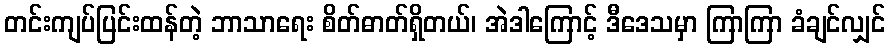
တင်းကျပ်ပြင်းထန်တဲ့ ဘာသာရေး စိတ်ဓာတ်ရှိတယ်၊ အဲဒါကြောင့် ဒီဒေသမှာ ကြာကြာ ခံချင်လျှင်